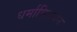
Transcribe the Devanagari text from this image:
धर्माविजयन